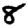
Digit: 8